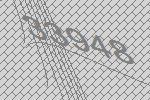
33948